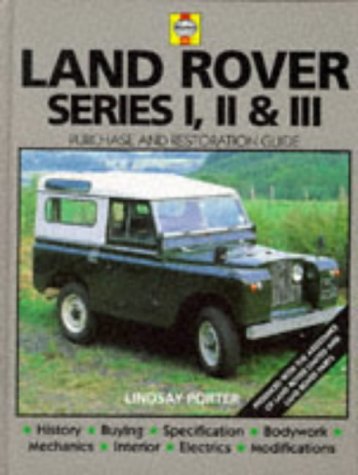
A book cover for Land-Rover Series I, II & III: Guide to Purchase & D.I.Y. Restoration (Haynes, No. F681); Lindsay Porter; Engineering & Transportation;